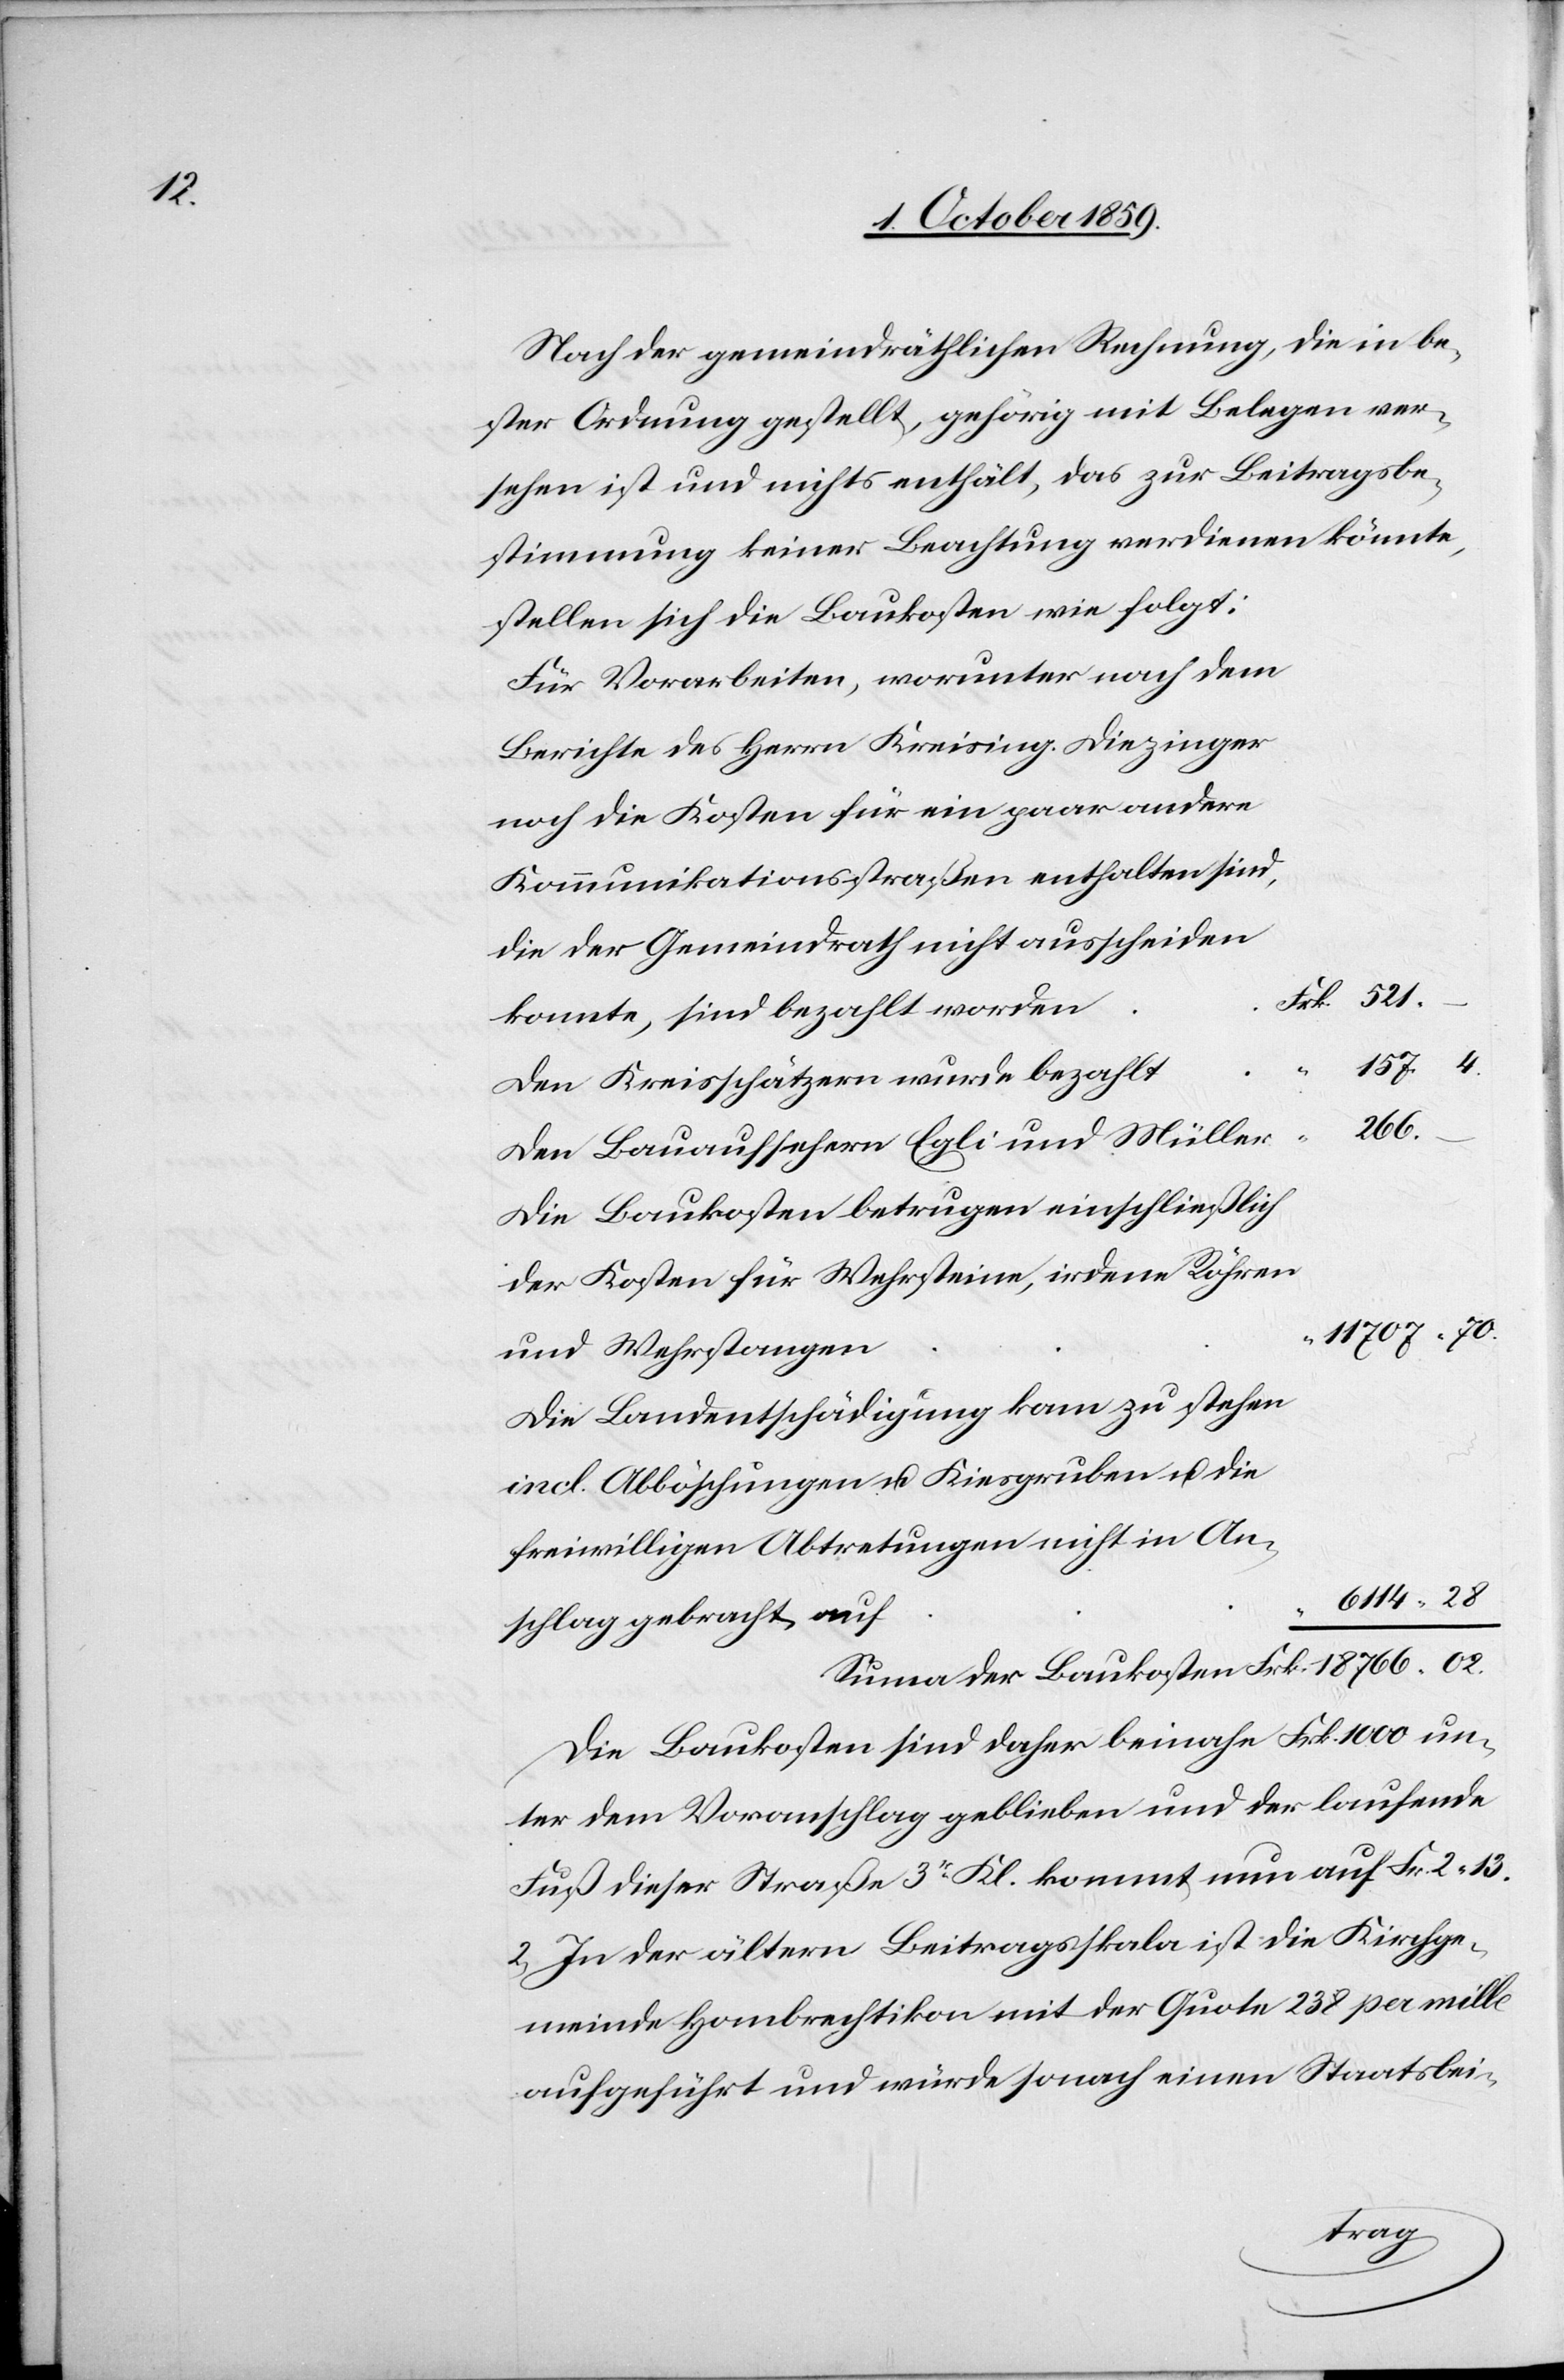
Nach der gemeindräthlichen Rechnung, die in be¬
ster Ordnung gestellt, gehörig mit Belegen ver¬
sehen ist und nichts enthält, das zur Beitragsbe¬
stimmung keiner Beachtung verdienen könnte,
stellen sich die Baukosten wie folgt:
Für Vorarbeiten, worunter nach dem
Berichte des Herrn Kreising. Diezinger
noch die Kosten für ein paar andere
Kommunikationsstraßen enthalten sind,
die der Gemeinderath nicht ausscheiden
konnte, sind bezahlt worden
157. 4
-
Den Kreisschätzern wurde bezahlt
766.02.
Den Bauaufsehern Egli und Müller
Die Baukosten betrugen einschliesslich
der Kosten für Wehrsteine, irdene Röhren
11 707.70
und Wehrstangen
Die Landentschädigung kam zu stehen
incl. Abböschungen & Kiesgruben & die
freiwilligen Abtretungen nicht in An¬
6 114 28
schlag gebracht auf
Die Baukosten sind daher beinahe Frk. 1'000 un¬
ter dem Voranschlag geblieben und der laufende
Fuß dieser Straße 3er Kl. kommt nun auf Frk. 2 13
Rp. In der älteren Beitragsskala ist die Kirchge¬
meinde Hombrechtikon mit der Quote 238. per mille
aufgeführt und würde sonach einen Staatsbei-